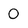
Character: O